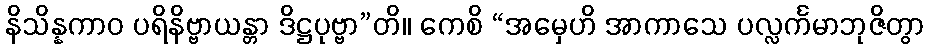
နိသိန္နကာဝ ပရိနိဗ္ဗာယန္တာ ဒိဋ္ဌပုဗ္ဗာ”တိ။ ကေစိ “အမှေဟိ အာကာသေ ပလ္လင်္ကမာဘုဇိတွာ